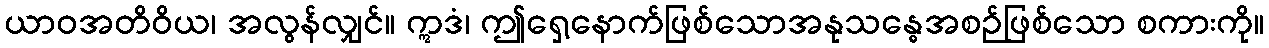
ယာဝအတိဝိယ၊ အလွန်လျှင်။ ဣဒံ၊ ဤရှေ့နောက်ဖြစ်သောအနုသန္ဓေအစဉ်ဖြစ်သော စကားကို။